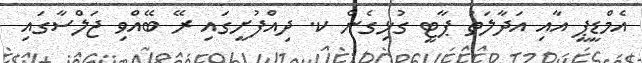
އެމްޑީޕީ އާއި އަދާލަތު ޕާޓީ ގުޅިގެން ކ. ދިއްފުށީގައި ރޭ ބޭއްވި ޖަލްސާގައި